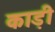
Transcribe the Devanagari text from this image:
काड़ी